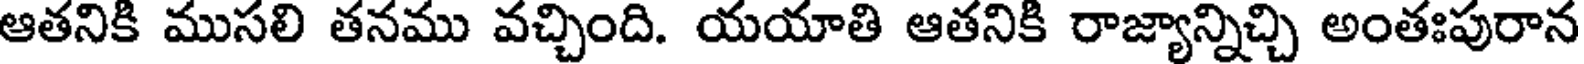
ఆతనికి ముసలి తనము వచ్చింది. యయాతి ఆతనికి రాజ్యాన్నిచ్చి అంతఃపురాన